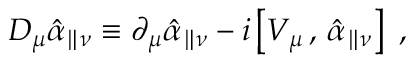
D _ { \mu } \hat { \alpha } _ { \parallel \nu } \equiv \partial _ { \mu } \hat { \alpha } _ { \parallel \nu } - i \left[ V _ { \mu } \, , \, \hat { \alpha } _ { \parallel \nu } \right] \ ,